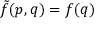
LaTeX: { \tilde { f } } ( p , q ) = f ( q )